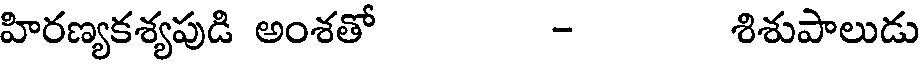
హిరణ్యకశ్యపుడి అంశతో - శిశుపాలుడు